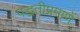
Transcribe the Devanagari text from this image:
पद्धतीप्रमाणें